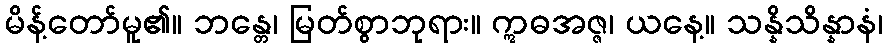
မိန့်တော်မူ၏။ ဘန္တေ၊ မြတ်စွာဘုရား။ ဣဓအဇ္ဇ၊ ယနေ့။ သန္နိသိန္နာနံ၊